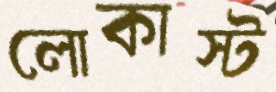
লোকাস্ট